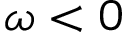
\omega < 0